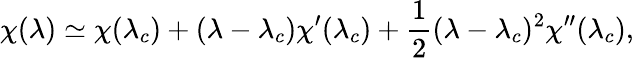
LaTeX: \chi(\lambda)\simeq\chi(\lambda_{c})+(\lambda-\lambda_{c})\chi^{\prime}(\lambda_{c})+{\frac{1}{2}}(\lambda-\lambda_{c})^{2}\chi^{\prime\prime}(\lambda_{c}),